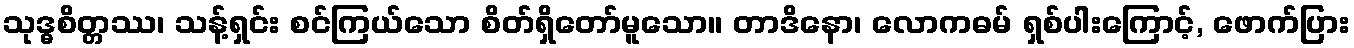
သုဒ္ဓစိတ္တဿ၊ သန့်ရှင်း စင်ကြယ်သော စိတ်ရှိတော်မူသော။ တာဒိနော၊ လောကဓမ် ရှစ်ပါးကြောင့်, ဖောက်ပြား